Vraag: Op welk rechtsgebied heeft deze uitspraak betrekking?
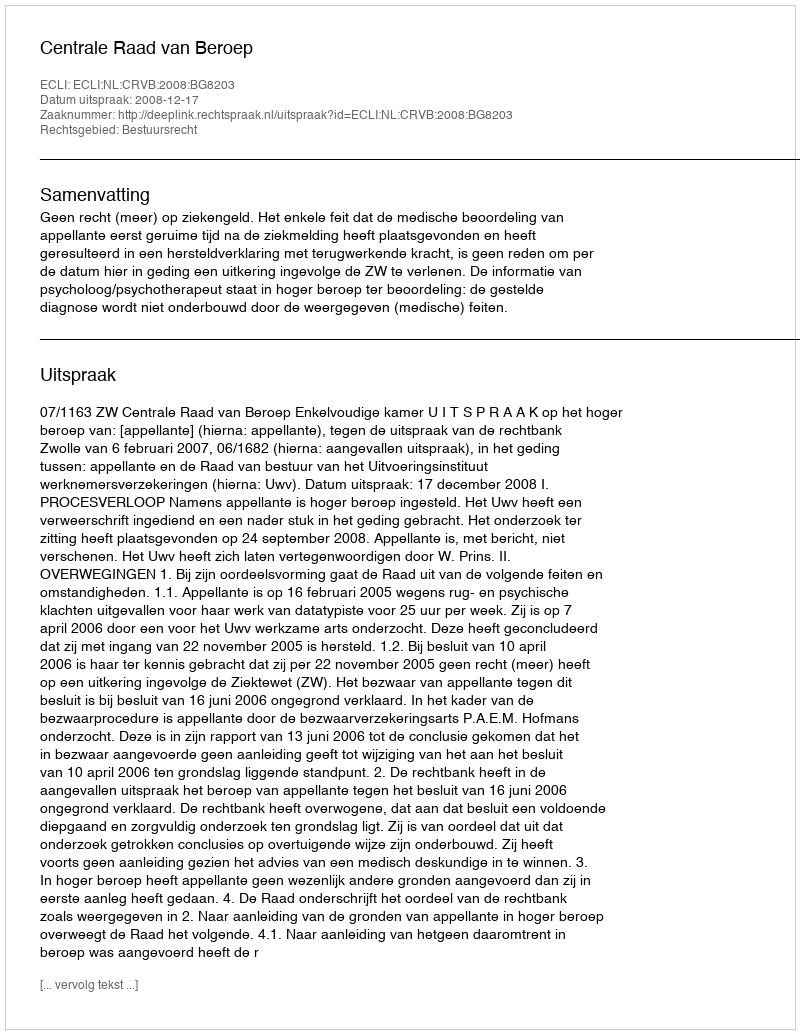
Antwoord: Bestuursrecht